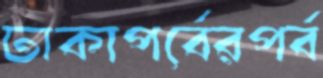
ঢাকাপর্বেরপর্ব